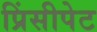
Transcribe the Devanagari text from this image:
प्रिंसीपेट